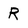
Character: R